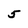
Character: 5